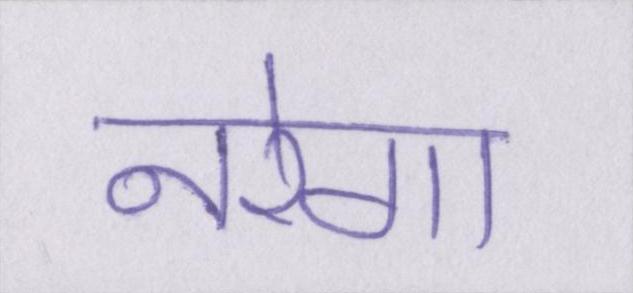
नरेगा